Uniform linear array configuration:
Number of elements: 8
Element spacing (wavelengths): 1
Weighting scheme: kaiser
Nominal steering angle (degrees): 60
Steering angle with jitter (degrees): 58.72
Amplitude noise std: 0.05
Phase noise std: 0.05

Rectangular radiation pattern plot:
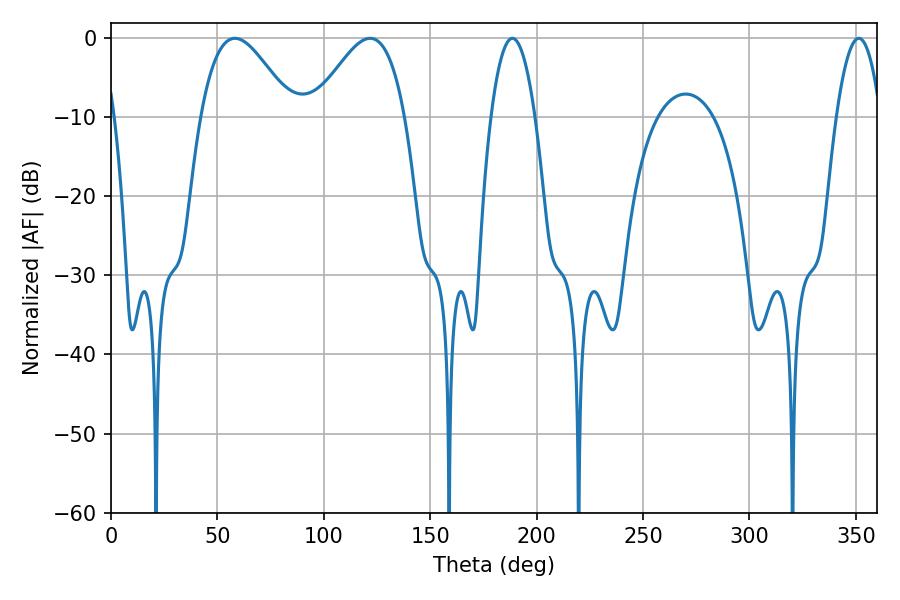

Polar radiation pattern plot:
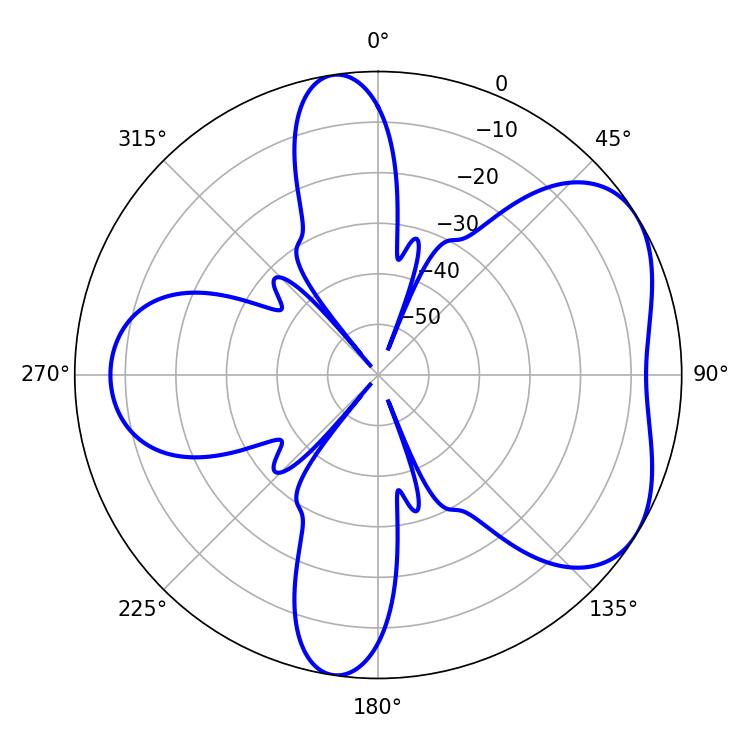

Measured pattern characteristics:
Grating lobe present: TRUE
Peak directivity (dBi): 4.996
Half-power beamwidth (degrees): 11.52
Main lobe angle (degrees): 351.36